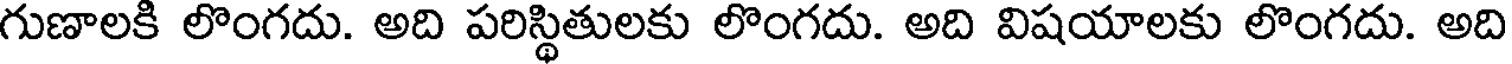
గుణాలకి లొంగదు. అది పరిస్థితులకు లొంగదు. అది విషయాలకు లొంగదు. అది